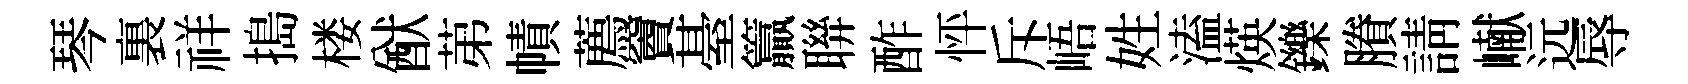
琴裏祥搗楼猷苐幘薦竇䑓籯聨酢怦斥峿姓溘煐鑠賸請𪩘远辱